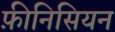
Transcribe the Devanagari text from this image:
फ़ीनिसियन